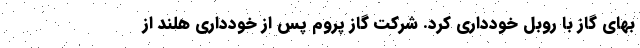
بهای گاز با روبل خودداری کرد. شرکت گاز پروم پس از خودداری هلند از